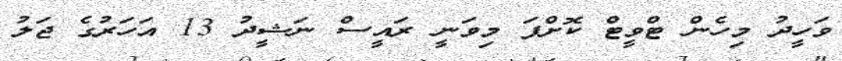
ވަހީދު މިހެން ޓްވީޓް ކޮށްފަ މިވަނީ ރައީސް ނަޝީދު 13 އަހަރުގެ ޖަލު